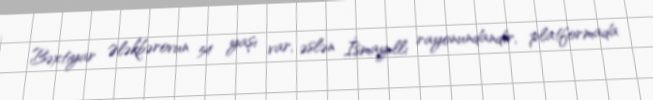
Bəxtiyar Ələkbərovun 54 yaşı var, əslən İsmayıllı rayonundandır, platformada